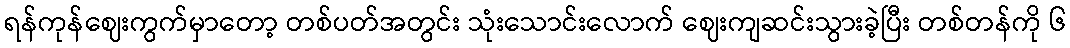
ရန်ကုန်ဈေးကွက်မှာတော့ တစ်ပတ်အတွင်း သုံးသောင်းလောက် ဈေးကျဆင်းသွားခဲ့ပြီး တစ်တန်ကို ၆